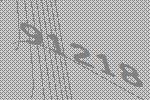
91218